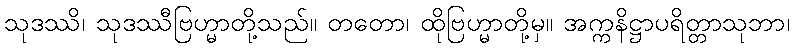
သုဒဿိ၊ သုဒဿီဗြဟ္မာတို့သည်။ တတော၊ ထိုဗြဟ္မာတို့မှ။ အက္ကနိဋ္ဌာပရိတ္တာသုဘာ၊